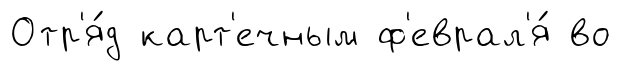
Отр'я́д карт'ечным ф'еврал'я́ во